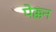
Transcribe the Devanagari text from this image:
पेक्कन